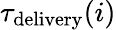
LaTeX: \tau_{\mathrm{delivery}}(i)